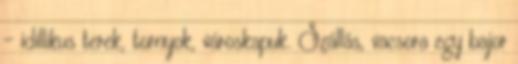
– idillikus terek, tornyok, városkapuk. Szállás, vacsora egy bajor